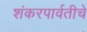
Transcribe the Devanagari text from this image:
शंकरपार्वतीचे